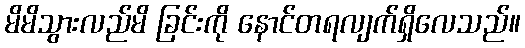
မိမိသွားလည်မိ ခြင်းကို နောင်တရလျက်ရှိလေသည်။